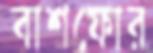
বাশফোর